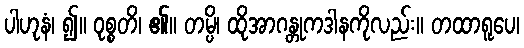
ပါဟုနံ၊ ၍။ ဝုစ္စတိ၊ ၏။ တမ္ပိ၊ ထိုအာဂန္တုကဒါနကိုလည်း။ တထာရူပေ၊